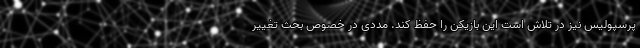
پرسپولیس نیز در تلاش است این بازیکن را حفظ کند. مددی در خصوص بحث تغییر